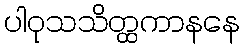
ပါဝုသသိတ္ထကာနနေ